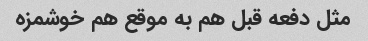
مثل دفعه قبل هم به موقع هم خوشمزه